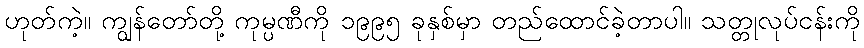
ဟုတ်ကဲ့။ ကျွန်တော်တို့ ကုမ္ပဏီကို ၁၉၉၅ ခုနှစ်မှာ တည်ထောင်ခဲ့တာပါ။ သတ္တုလုပ်ငန်းကို